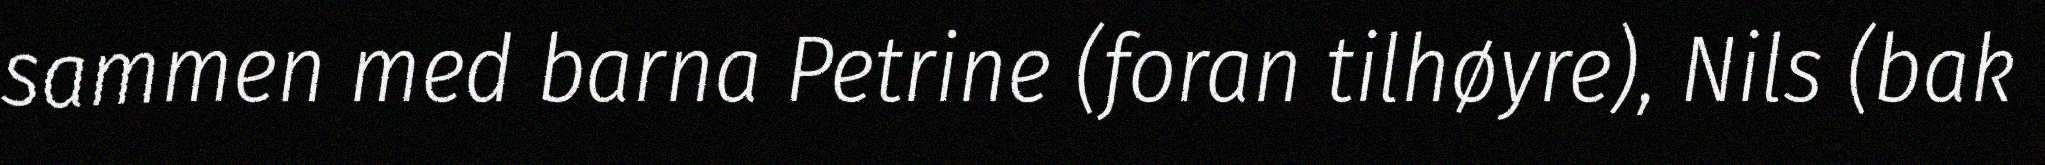
sammen med barna Petrine (foran tilhøyre), Nils (bak